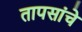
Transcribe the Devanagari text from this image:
तापसांचे